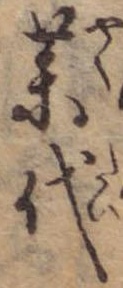
薬代